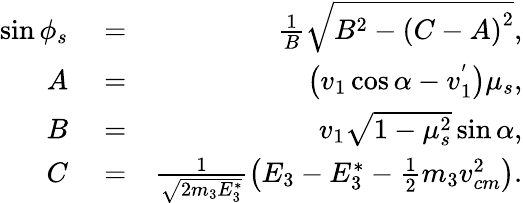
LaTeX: \begin{array}{rlr}{\sin\phi_{s}}&{{}=}&{\frac{1}{B}\sqrt{B^{2}-\left(C-A\right)^{2}},}\\ {A}&{{}=}&{\left(v_{1}\cos\alpha-v_{1}^{'}\right)\mu_{s},}\\ {B}&{{}=}&{v_{1}\sqrt{1-\mu_{s}^{2}}\sin\alpha,}\\ {C}&{{}=}&{\frac{1}{\sqrt{2m_{3}E_{3}^{*}}}\left(E_{3}-E_{3}^{*}-\frac{1}{2}m_{3}v_{cm}^{2}\right).}\end{array}